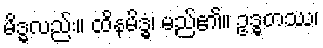
မိဒ္ဓလည်း။ ထိနမိဒ္ဓံ၊ မည်၏။ ဥဒ္ဓတဿ၊